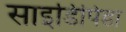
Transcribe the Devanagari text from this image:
साइडिपिडा